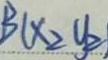
B ( x _ { 2 } y _ { 2 } )